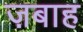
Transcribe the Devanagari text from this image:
ज़बाह